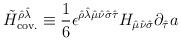
LaTeX: \begin{align*}\tilde{H}_{\rm cov.}^{\hat\rho\hat\lambda} \equiv {1\over 6} \epsilon^{\hat\rho\hat\lambda \hat\mu \hat\nu \hat\sigma \hat\tau} H_{\hat\mu \hat\nu \hat\sigma}\partial_{\hat\tau} a\end{align*}